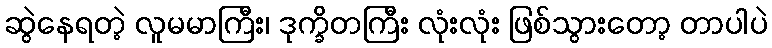
ဆွဲနေရတဲ့ လူမမာကြီး၊ ဒုက္ခိတကြီး လုံးလုံး ဖြစ်သွားတော့ တာပါပဲ